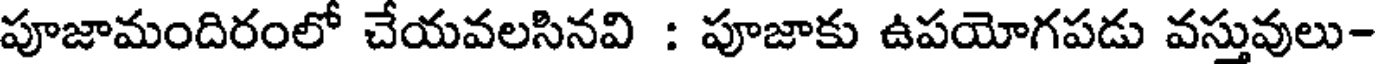
పూజామందిరంలో చేయవలసినవి : పూజాకు ఉపయోగపడు వస్తువులు-